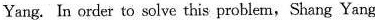
Yang. In order to solve this problem, Shang Yang